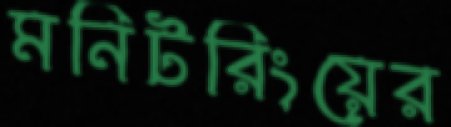
মনিটরিংয়ের